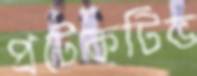
প্রটেকটিভ